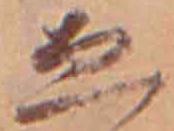
ゑ